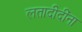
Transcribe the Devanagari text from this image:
लतादीदींना